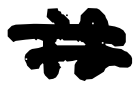
Text: is
Cross-out: mix
Writing tool: digital_black